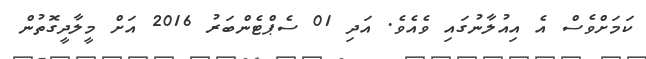
ކަމަށްވެސް އެ އިއުލާނުގައި ވެއެވެ. އަދި 01 ސެޕްޓެންބަރު 2016 އަށް މީލާދީގޮތުން